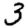
Digit: 3